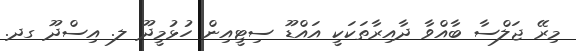
މިރޭ ޖަލްސާ ބާއްވާ ދާއިރާތަކަކީ އައްޑޫ ސިޓީއިން ހުޅުމީދޫ ލ. އިސްދޫ ގދ.